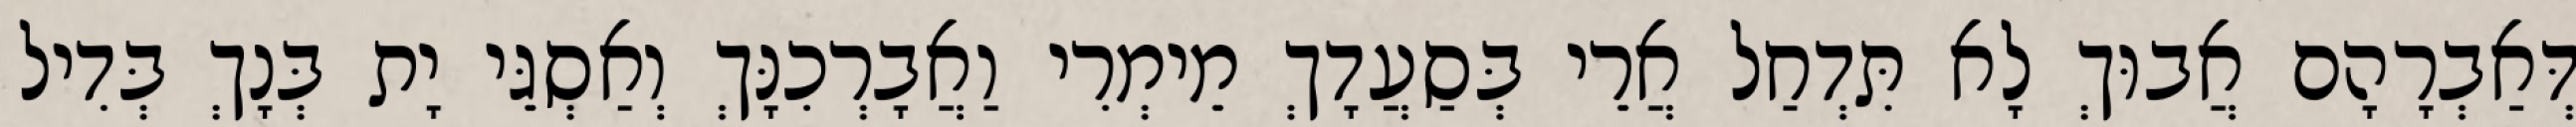
דְּאַבְרָהָם אֲבוּךְ לָא תִּדְחַל אֲרֵי בְּסַעֲדָךְ מֵימְרִי וַאֲבָרְכִנָּךְ וְאַסְגֵּי יָת בְּנָךְ בְּדִיל